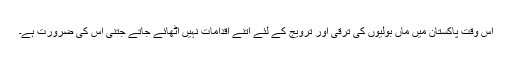
اس وقت پاکستان میں ماں بولیوں کی ترقی اور ترویج کے لئے اتنے اقدامات نہیں اٹھائے جاتے جتنی اس کی ضرورت ہے۔